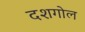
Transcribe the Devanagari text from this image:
दशगोल